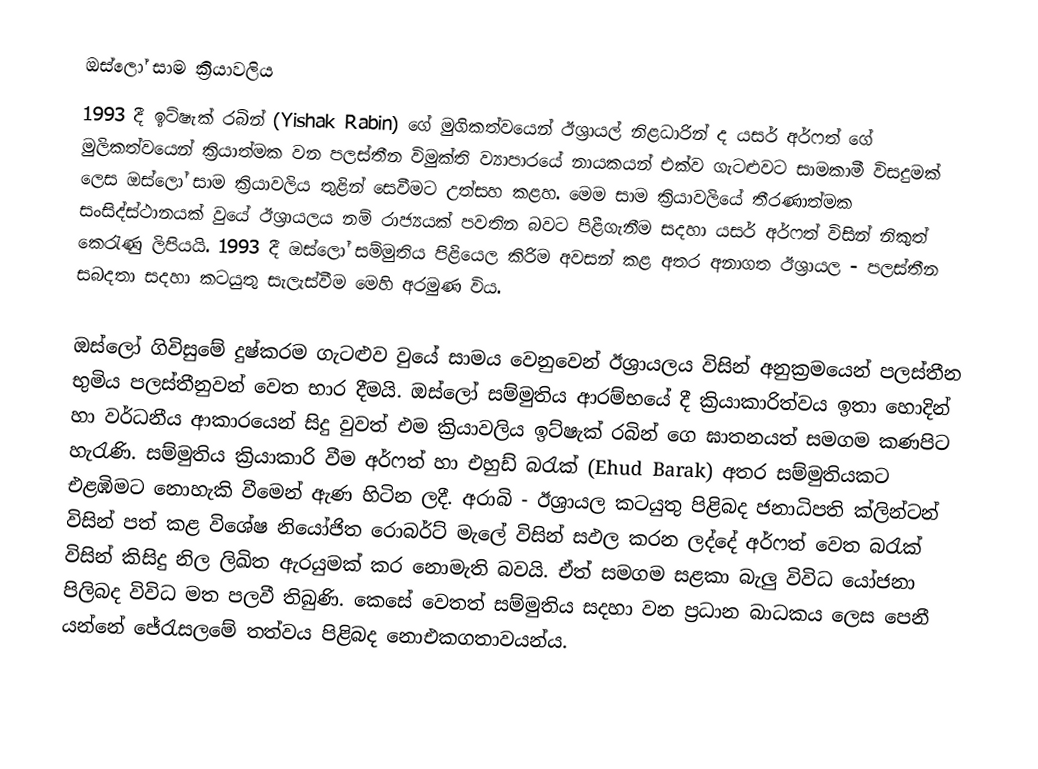
ඔස්ලෝ සාම ක්‍රියාවලිය
1993 දී ඉට්ෂැක් රබින් (Yishak Rabin) ගේ මුගිකත්වයෙන් ඊශ්‍රායල් නිළධාරින් ද යසර් අර්ෆත් ගේ මුලිකත්වයෙන් ක්‍රියාත්මක වන පලස්තීන විමුක්ති ව්‍යාපාරයේ නායකයන් එක්ව ගැටළුවට සාමකාමී විසදුමක් ලෙස ඔස්ලෝ සාම ක්‍රියාවලිය තුළින් සෙවීමට උත්සහ කළහ.  මෙම සාම ක්‍රියාවලියේ තීරණාත්මක සංසිද්ස්ථාන‍යක් වුයේ ඊශ්‍රායලය නම් රාජ්‍යයක් පවතින බවට පිළීගැනීම සදහා යසර් අර්ෆත් විසින් නිකුත් කෙරැණු ලිපියයි. 1993 දී ඔස්ලෝ සම්මුතිය පිළියෙල කිරිම අවසන් කළ අතර අනාගත ඊශ්‍රායල - පලස්තීන සබදතා සදහා කටයුතු සැලැස්වීම මෙහි අරමුණ විය.

ඔස්ලෝ ගිවිසුමේ දුෂ්කරම ගැටළුව වුයේ සාමය වෙනුවෙන් ඊශ්‍රායලය විසින් අනුක්‍රමයෙන් පලස්තීන භුමිය  පලස්තීනුවන් වෙත භාර දීමයි. ඔස්ලෝ සම්මුතිය ආරම්භයේ දී ක්‍රියාකාරිත්වය ඉතා හොදින් හා වර්ධනීය ආකාරයෙන් සිදු වුවත් එම ක්‍රියාවලිය ඉට්ෂැක් රබින් ගෙ ඝාතනයත් සමගම කණපිට හැරැණි. සම්මුතිය ක්‍රියාකාරි වීම අර්ෆත් හා එහුඩ් බරැක් (Ehud Barak) අතර සම්මුතියකට එළඹිමට නොහැකි වීමෙන් ඇණ හිටින ලදී. අරාබි - ඊශ්‍රායල කටයුතු පිළිබද  ජනාධිපති ක්ලින්ටන් විසින් පත් කළ විශේෂ නියෝජිත රොබර්ට් මැලේ විසින් සඵල කරන ලද්දේ අර්ෆත් වෙත බරැක් විසින් කිසිදු නිල ලිඛිත ඇරයුමක් කර නොමැති බවයි. ඒත් සමගම සළකා බැලු විවිධ යෝජනා පිලිබද විවිධ මත පලවී තිබුණි. කෙසේ වෙතත් සම්මුතිය සදහා වන ප්‍රධාන බාධකය ලෙස පෙනී යන්නේ ජේරැසලමේ තත්වය පිළිබද නොඑකගතාවයන්ය.